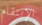
الإنتقام